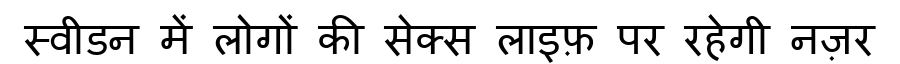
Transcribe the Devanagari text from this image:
स्वीडन में लोगों की सेक्स लाइफ़ पर रहेगी नज़र